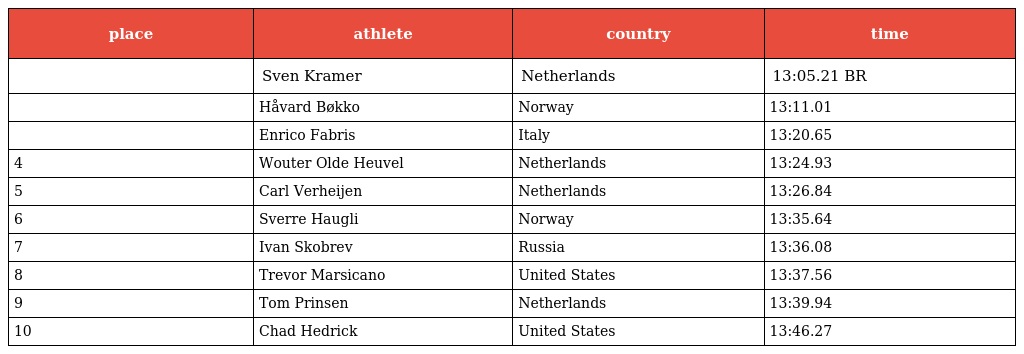
| place | athlete | country | time |
 | --- | --- | --- | --- |
 |  | Sven Kramer | Netherlands | 13:05.21 BR |
 |  | Håvard Bøkko | Norway | 13:11.01 |
 |  | Enrico Fabris | Italy | 13:20.65 |
 | 4 | Wouter Olde Heuvel | Netherlands | 13:24.93 |
 | 5 | Carl Verheijen | Netherlands | 13:26.84 |
 | 6 | Sverre Haugli | Norway | 13:35.64 |
 | 7 | Ivan Skobrev | Russia | 13:36.08 |
 | 8 | Trevor Marsicano | United States | 13:37.56 |
 | 9 | Tom Prinsen | Netherlands | 13:39.94 |
 | 10 | Chad Hedrick | United States | 13:46.27 |